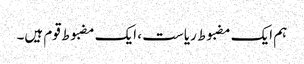
ہم ایک مضبوط ریاست ، ایک مضبوط قوم ہیں۔